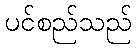
ပင်စည်သည်